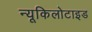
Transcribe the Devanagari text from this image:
न्यूकिलोटाइड